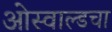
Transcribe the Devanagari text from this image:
ओस्वाल्डचा